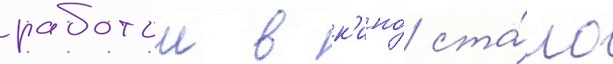
работои в к'ино́ ста́ло